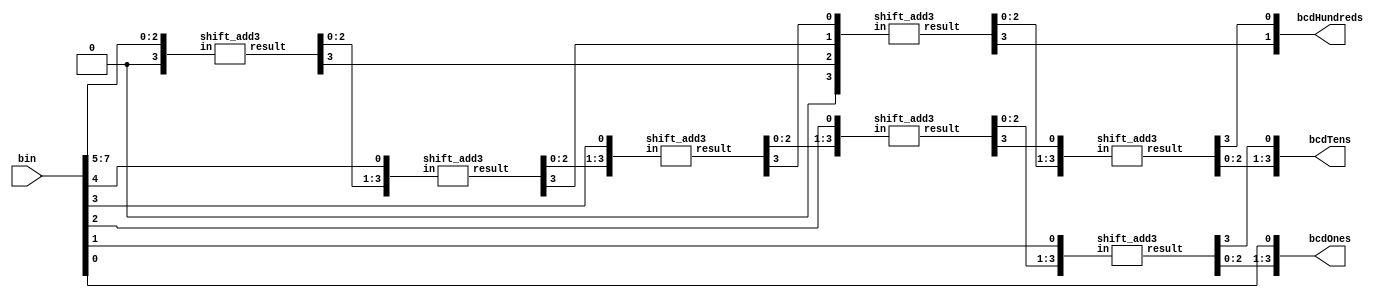
// John Hubbard, 24 Oct 2014
// hw5 assignment for Verilog 0764 class: Problem 4.4.7: Binary to BCD converter
//

// Structural Verilog version, as required by the problem statement:

// Attribution: this implementation is lifted right out of the classic
// shift-and-add-3 algorithm, which I would not have easily figured out on my
// own. There was a sample implementation, and this is essentially the same
// as that. Given more time, I would have loved to solve this from first
// principles, but I'm at the 8 or 10 hour point already with the overall
// homework assignment, so this will have to do.
//
// Anyway, it was interesting getting the test bench set up, and debugging.
// It does work perfectly now. --john hubbard, 25 Oct 2014 / 12:17am
//
module bin2bcd(bin, bcdHundreds, bcdTens, bcdOnes);
    input [7:0]bin;
    output [1:0]bcdHundreds;
    output [3:0]bcdTens;
    output [3:0]bcdOnes;

    wire [3:0] c1, c2, c3, c4, c5, c6, c7;
    wire [3:0] d1, d2, d3, d4, d5, d6, d7;

    assign d1 = {1'b0, bin[7:5]};
    assign d2 = {c1[2:0], bin[4]};
    assign d3 = {c2[2:0], bin[3]};
    assign d4 = {c3[2:0], bin[2]};
    assign d5 = {c4[2:0], bin[1]};
    assign d6 = {1'b0, c1[3], c2[3], c3[3]};
    assign d7 = {c6[2:0], c4[3]};

    shift_add3 m1(d1, c1);
    shift_add3 m2(d2, c2);
    shift_add3 m3(d3, c3);
    shift_add3 m4(d4, c4);
    shift_add3 m5(d5, c5);
    shift_add3 m6(d6, c6);
    shift_add3 m7(d7, c7);

    assign bcdHundreds = {c6[3], c7[3]};
    assign bcdTens = {c7[2:0], c5[3]};
    assign bcdOnes = {c5[2:0], bin[0]};
endmodule

// It's getting really late, so this helper module is in Behavioral Verilog:
module shift_add3(in, result);
    input [3:0] in;
    output [3:0] result;
    reg [3:0] result;

    always@(*)
        case (in)
            4'b0000: result = 4'b0000;
            4'b0001: result = 4'b0001;
            4'b0010: result = 4'b0010;
            4'b0011: result = 4'b0011;

            4'b0100: result = 4'b0100;
            4'b0101: result = 4'b1000;
            4'b0110: result = 4'b1001;

            4'b0111: result = 4'b1010;
            4'b1000: result = 4'b1011;
            4'b1001: result = 4'b1100;
            default: result = 4'b0000;
        endcase
endmodule